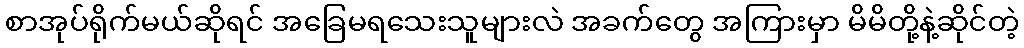
စာအုပ်ရိုက်မယ်ဆိုရင် အခြေမရသေးသူများလဲ အခက်တွေ အကြားမှာ မိမိတို့နဲ့ဆိုင်တဲ့